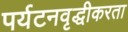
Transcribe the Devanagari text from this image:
पर्यटनवृद्धीकरता